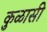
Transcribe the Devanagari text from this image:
कुळासी